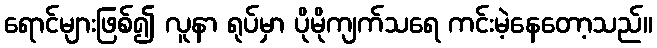
ရောင်များဖြစ်၍ လူနာ ရုပ်မှာ ပိုမိုကျက်သရေ ကင်းမဲ့နေတော့သည်။